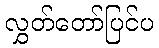
လွှတ်တော်ပြင်ပ